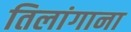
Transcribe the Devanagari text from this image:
तिलांगाना